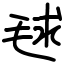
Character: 毬